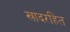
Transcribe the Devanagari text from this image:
खादरहित